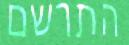
התרשם